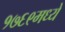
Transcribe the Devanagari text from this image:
१७६९मध्ये